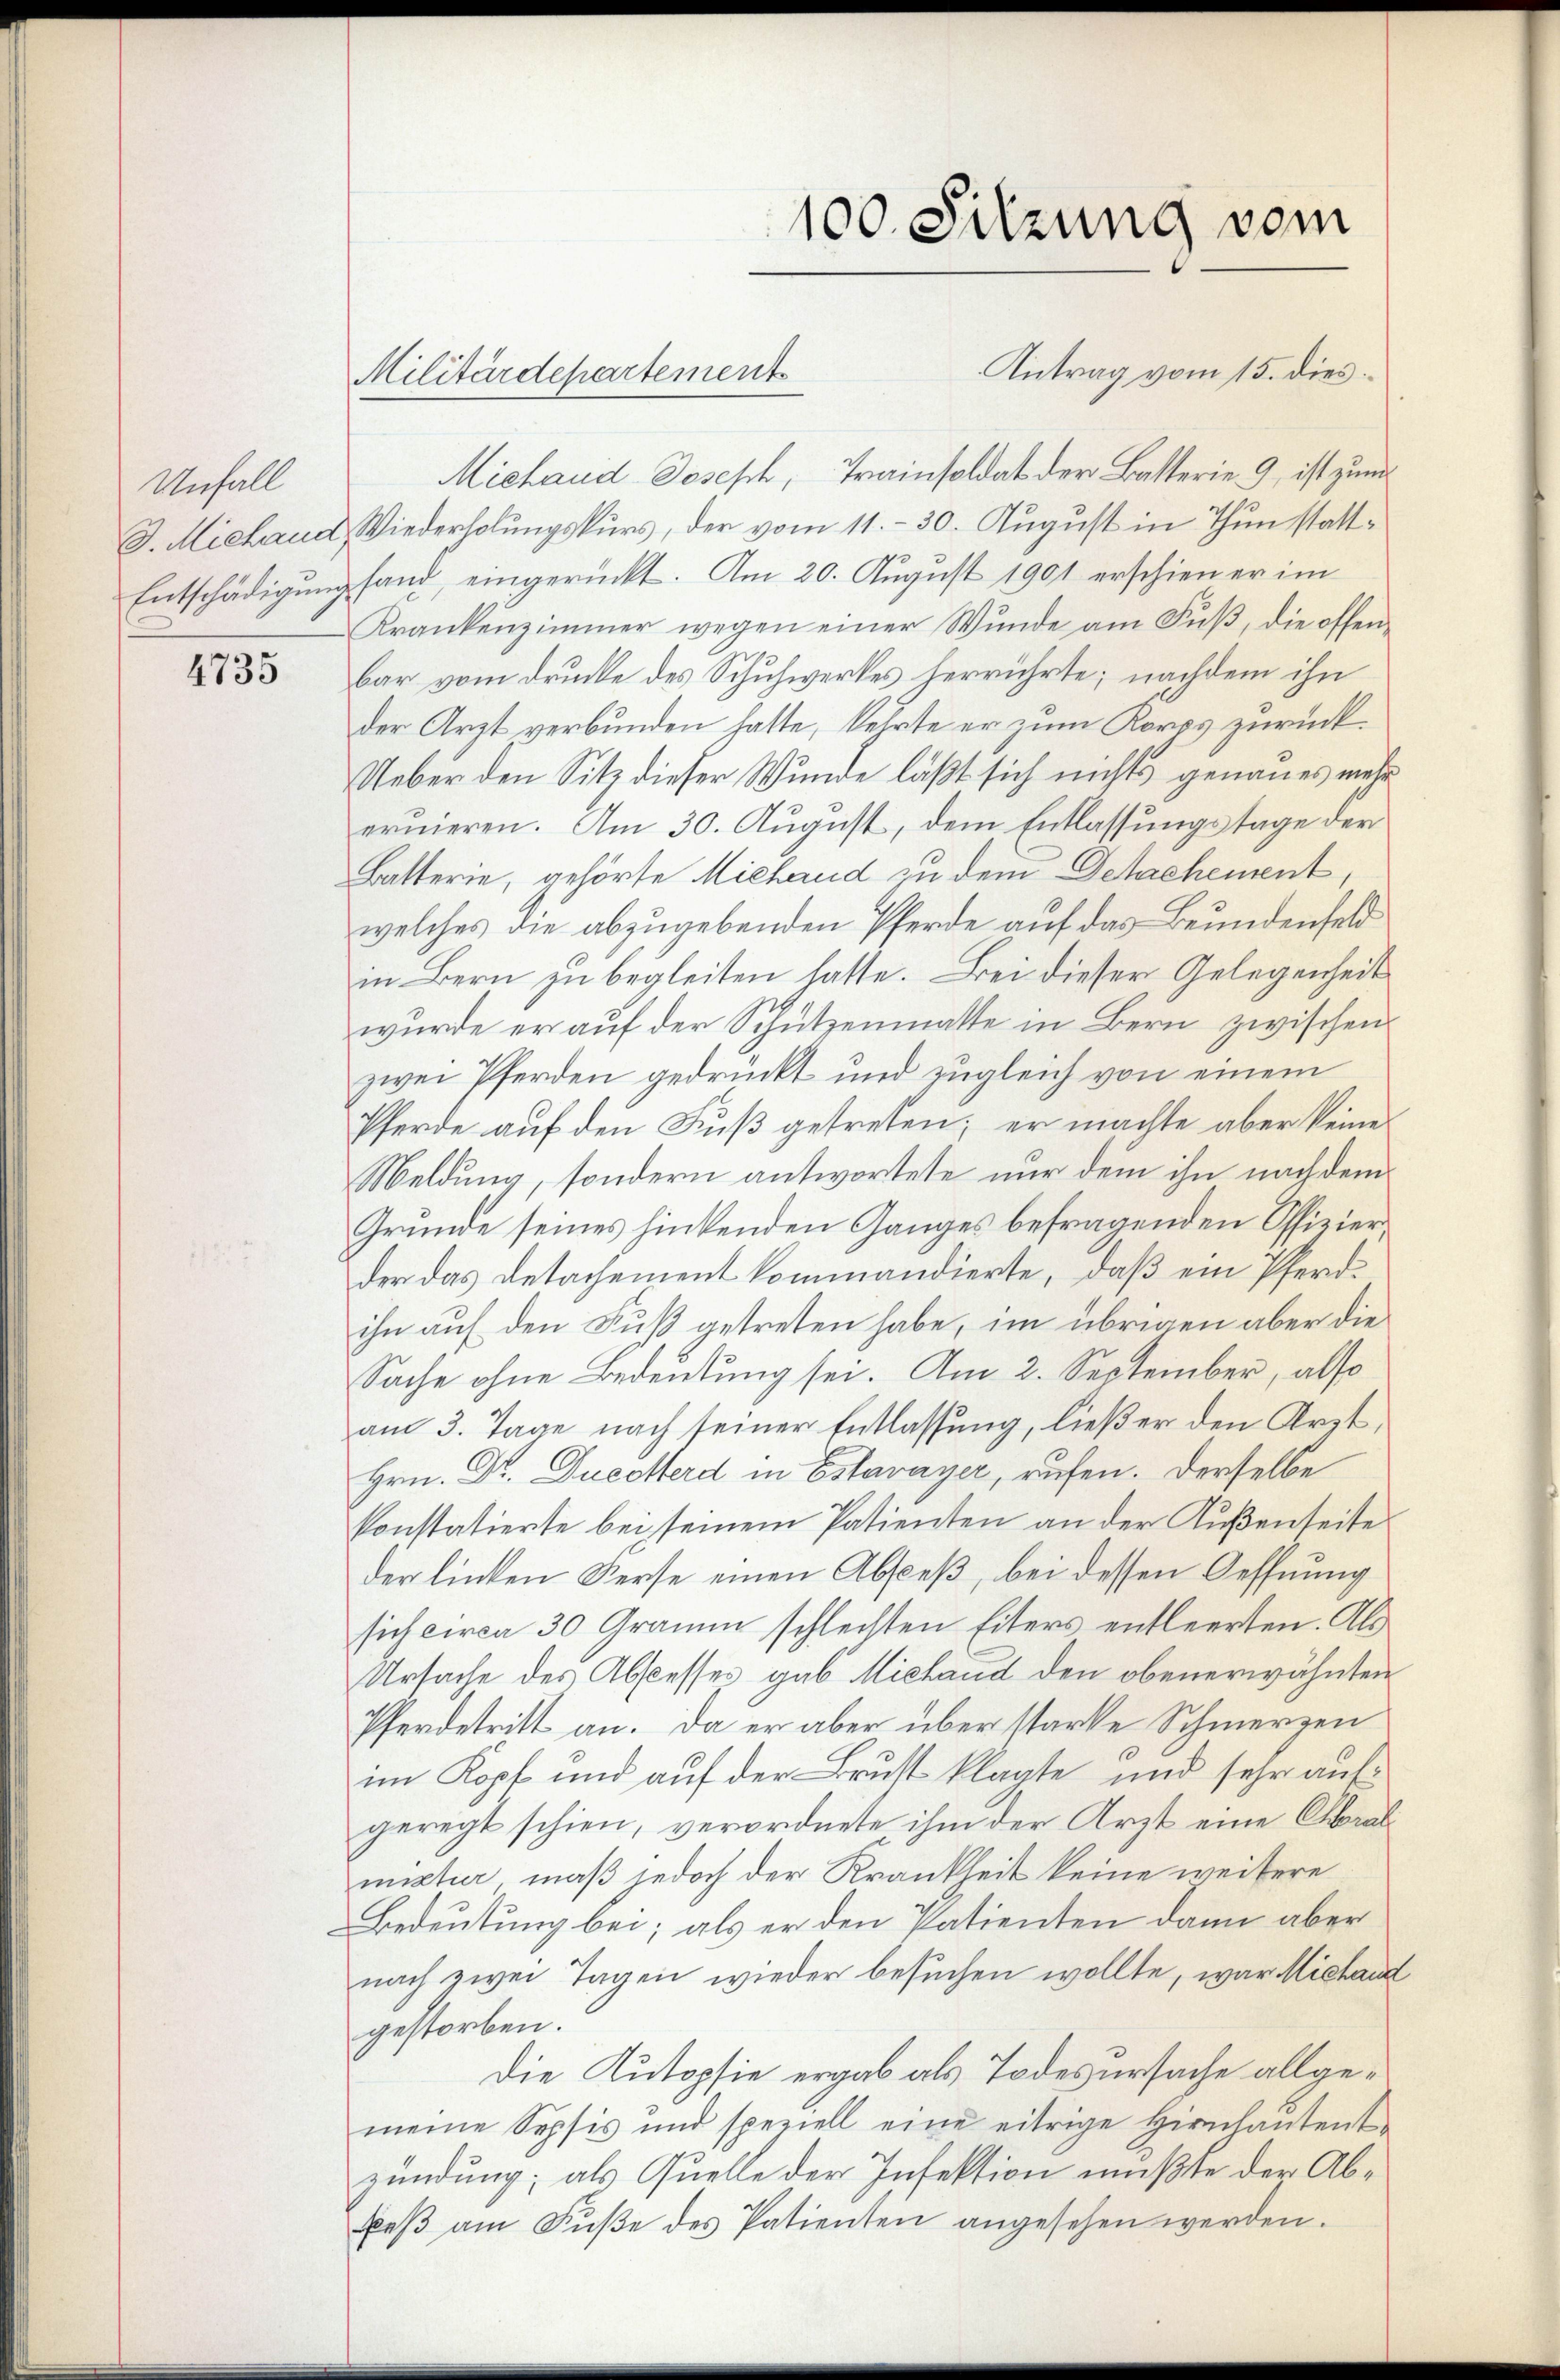
Unfall

4735

Michaud Joseph, Trainsoldat der Batterie 9, ist zum
D. Michaud, Wiederholungskurs, der vom 11.- 30. August in Thun statt¬
Entschädigung fand, eingerückt. Am 20. August 1901 erschiener im
Krankenzimmer wegen einer Wŭnde am Fŭβ, die offen-
bar vom Drucke des Schuhwerkes herrührte; nachdem ihn
der Arzt verbunden hatte, kehrte er zum Korps zurück¬
Ueber den Sitz dieser Wunde läßt sich nichts genaues mehr
eruieren. Am 30. August, dem Entlassungstage der
Batterie, gehörte Miehand zu dem Detachement
welches die abzugebenden Pferde auf das Beundenfeld
in Bern zu begleiten hatte. Bei dieser Gelegenheit
wurde er auf der Schützenmatte in Bern zwischen
zwei Pferden gedrückt und zugleich von einem
Pferde auf den Fuß getreten; er machte aber keine
Weldung, sondern antwortete nur dem ihn nach dem
Grunde seines hinkenden Ganges befragenden Offizier
der das Detachement kommandierte, daß ein Pferdihn auf den Fuß getreten habe, im übrigen aber die
Sache ohne Bedeutung sei. Am 2. September, also
am 3. Tage nach seiner Entlassung, ließer den Arzt,
Hrn. Dr. Ducoerd in Estavayer, rufen. Derselbe
konstatierte bei seinem Patienten an der Außenheite
der linken Ferse einen Absceß, bei dessen Oeffnung
sich circa 30 Gramm schlechten Eiters entleerten. Als
Ursache des Abscesses gab Michaud den obenerwähnten
Pferdetritt an. Da er aber über starke Schmerzen
im Kopf und auf der Brust klagte und sehr aufgeregt schien, verordnete ihm der Arzt eine Oberal
mixtur maß jedoch der Krankheit keine weitere
Bedeutung bei; als er den Patienten dann aber
nach zwei Tagen wieder besuchen wollte, war Michand
gestorben.
Die Autopie ergab als Todesursache allgemeine Sopfis und speziell eine eitrige Hirnhaŭsent-
zündung; als Quelle der Infektion mußte der Abkeβ am Fuße des Patienten angesehen werden.

100. Sitzung vom
Antrag vom 15. dies
Militärdepartements